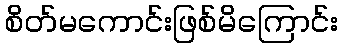
စိတ်မကောင်းဖြစ်မိကြောင်း